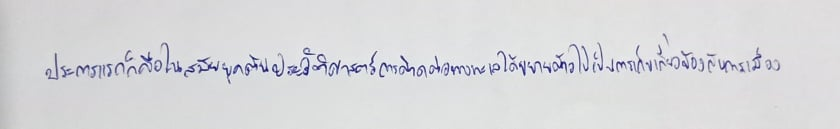
ประการแรกก็คือในสมัยยุคต้นประวัติศาสตร์การติดต่อทางทะเลได้ขยายตัวไปเป็นการเกี่ยวข้องกับบ้านเมือง